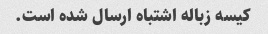
کیسه زباله اشتباه ارسال شده است.